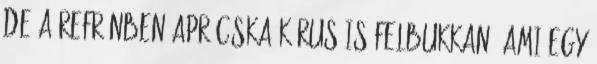
de a refrénben aprócska kórus is felbukkan, ami egy